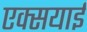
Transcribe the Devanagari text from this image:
एक्सयाई